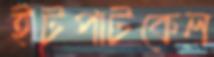
ইটপাটকেল